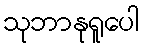
သုဘာနုရူပေါ